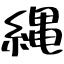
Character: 縄